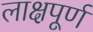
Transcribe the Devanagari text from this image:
लाक्षपूर्ण